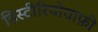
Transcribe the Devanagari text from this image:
हिस्टीरियोग्राफ़ी